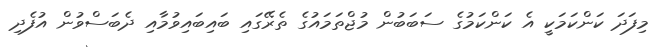
މިފަދަ ކަންކަމަކީ އެ ކަންކަމުގެ ސަބަބުން މުޖްތަމައުގެ ތެރޭގައި ބައިބައިވުމާއި ދެބަސްވުން އުފެދި